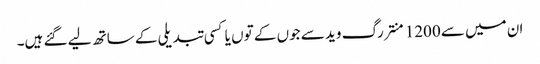
ان میں سے 1200 منتر رگ وید سے جوں کے توں یا کسی تبدیلی کے ساتھ لیے گئے ہیں۔